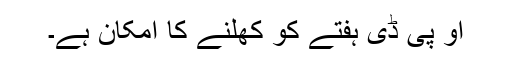
او پی ڈی ہفتے کو کھلنے کا امکان ہے۔